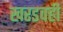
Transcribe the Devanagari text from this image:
खरडवही